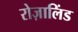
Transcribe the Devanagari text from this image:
रोज़ालिंड